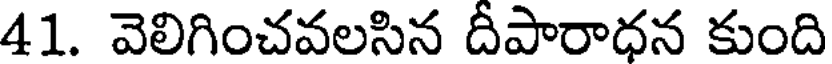
41. వెలిగించవలసిన దీపారాధన కుంది